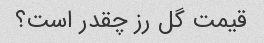
قیمت گل رز چقدر است؟